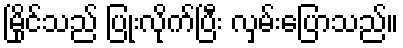
မြိုင်သည် ပြုံးလိုက်ပြီး လှမ်းပြောသည်။